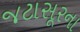
જટાસૂરના